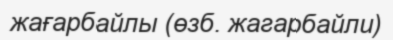
жағарбайлы (өзб. жагарбайли)